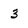
Character: 3